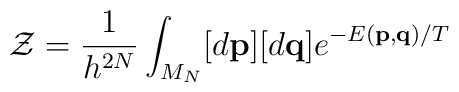
{\mathcal{Z}}=\frac{1}{h^{2N}}\int _{M_{N}} [d{\bf{p}}] [d{\bf{q}}]e^{-E({\bf{p}},{\bf{q}})/T}